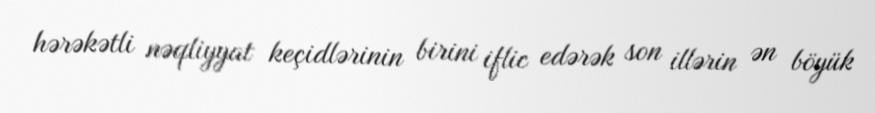
hərəkətli nəqliyyat keçidlərinin birini iflic edərək son illərin ən böyük